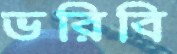
ভরিবি